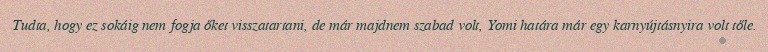
Tudta, hogy ez sokáig nem fogja őket visszatartani, de már majdnem szabad volt, Yomi határa már egy karnyújtásnyira volt tőle.